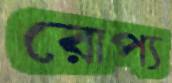
রোপ্য